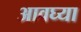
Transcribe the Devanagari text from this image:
आवघ्या